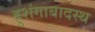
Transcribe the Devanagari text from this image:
हुशंगाबादस्थ